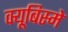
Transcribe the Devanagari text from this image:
क्यूबिस्मे